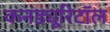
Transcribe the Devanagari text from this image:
कनड्यूरिटॉल